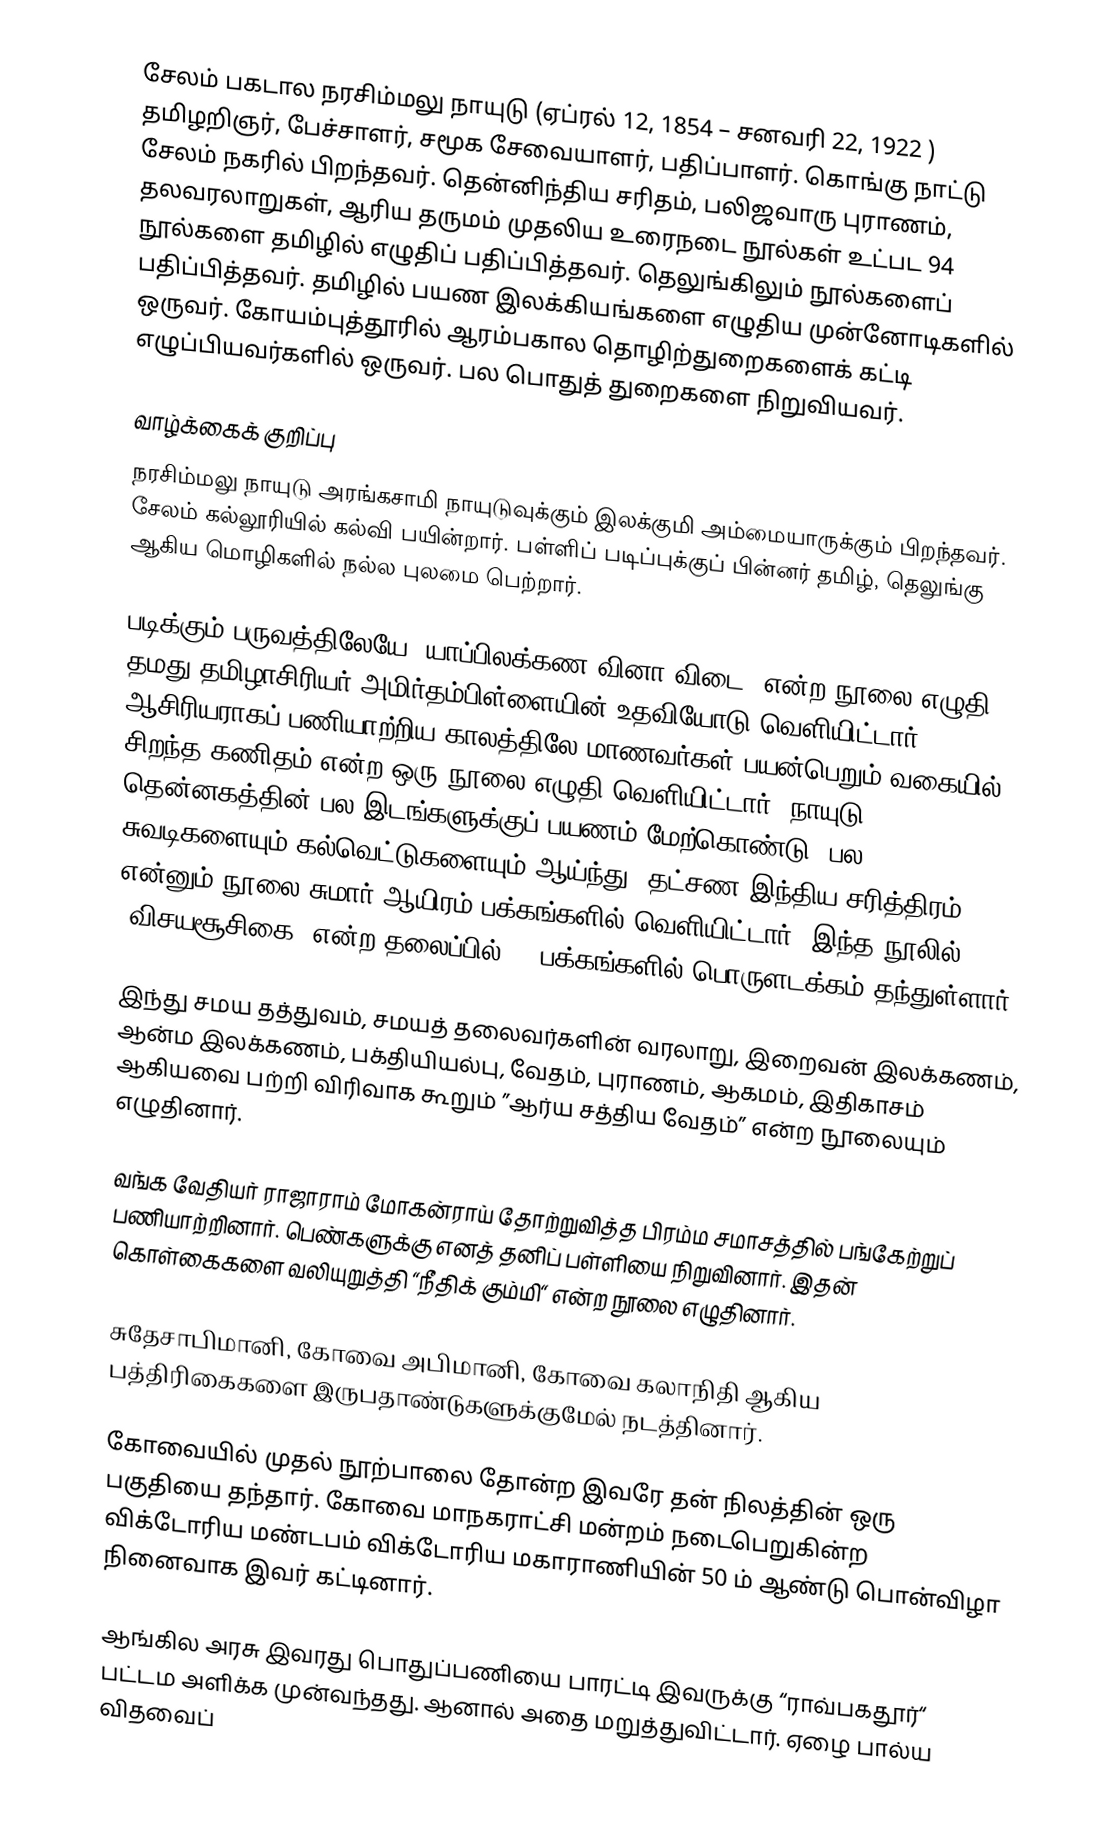
சேலம் பகடால நரசிம்மலு நாயுடு (ஏப்ரல் 12, 1854 – சனவரி 22, 1922   ) தமிழறிஞர், பேச்சாளர், சமூக சேவையாளர், பதிப்பாளர். கொங்கு நாட்டு சேலம் நகரில் பிறந்தவர். தென்னிந்திய சரிதம், பலிஜவாரு புராணம், தலவரலாறுகள், ஆரிய தருமம் முதலிய உரைநடை நூல்கள் உட்பட 94 நூல்களை தமிழில் எழுதிப் பதிப்பித்தவர். தெலுங்கிலும் நூல்களைப் பதிப்பித்தவர். தமிழில் பயண இலக்கியங்களை எழுதிய முன்னோடிகளில் ஒருவர். கோயம்புத்தூரில் ஆரம்பகால தொழிற்துறைகளைக் கட்டி எழுப்பியவர்களில் ஒருவர். பல பொதுத் துறைகளை நிறுவியவர்.

வாழ்க்கைக் குறிப்பு
நரசிம்மலு நாயுடு அரங்கசாமி நாயுடுவுக்கும் இலக்குமி அம்மையாருக்கும் பிறந்தவர். சேலம் கல்லூரியில் கல்வி பயின்றார். பள்ளிப் படிப்புக்குப் பின்னர் தமிழ், தெலுங்கு ஆகிய மொழிகளில் நல்ல புலமை பெற்றார்.

படிக்கும் பருவத்திலேயே “யாப்பிலக்கண வினா விடை“ என்ற நூலை எழுதி, தமது தமிழாசிரியர் அமிர்தம்பிள்ளையின் உதவியோடு வெளியிட்டார். ஆசிரியராகப் பணியாற்றிய காலத்திலே மாணவர்கள் பயன்பெறும் வகையில் சிறந்த கணிதம் என்ற ஒரு நூலை எழுதி வெளியிட்டார். நாயுடு தென்னகத்தின் பல இடங்களுக்குப் பயணம் மேற்கொண்டு, பல சுவடிகளையும் கல்வெட்டுகளையும் ஆய்ந்து ”தட்சண இந்திய சரித்திரம்” என்னும் நூலை சுமார் ஆயிரம் பக்கங்களில் வெளியிட்டார். இந்த நூலில் “விசயசூசிகை“ என்ற தலைப்பில் 34 பக்கங்களில் பொருளடக்கம் தந்துள்ளார்.

இந்து சமய தத்துவம், சமயத் தலைவர்களின் வரலாறு, இறைவன் இலக்கணம், ஆன்ம இலக்கணம், பக்தியியல்பு, வேதம், புராணம், ஆகமம், இதிகாசம் ஆகியவை பற்றி விரிவாக கூறும் ”ஆர்ய சத்திய வேதம்” என்ற நூலையும் எழுதினார்.

வங்க வேதியர் ராஜாராம் மோகன்ராய் தோற்றுவித்த பிரம்ம சமாசத்தில் பங்கேற்றுப் பணியாற்றினார். பெண்களுக்கு எனத் தனிப் பள்ளியை நிறுவினார். இதன் கொள்கைகளை வலியுறுத்தி “நீதிக் கும்மி“ என்ற நூலை எழுதினார்.

சுதேசாபிமானி, கோவை அபிமானி, கோவை கலாநிதி ஆகிய பத்திரிகைகளை இருபதாண்டுகளுக்குமேல் நடத்தினார்.

கோவையில் முதல் நூற்பாலை தோன்ற இவரே தன் நிலத்தின் ஒரு பகுதியை தந்தார். கோவை மாநகராட்சி மன்றம் நடைபெறுகின்ற விக்டோரிய மண்டபம் விக்டோரிய மகாராணியின் 50 ம் ஆண்டு பொன்விழா நினைவாக இவர் கட்டினார்.

ஆங்கில அரசு இவரது பொதுப்பணியை பாரட்டி இவருக்கு “ராவ்பகதூர்“ பட்டம அளிக்க முன்வந்தது. ஆனால் அதை மறுத்துவிட்டார். ஏழை பால்ய விதவைப்